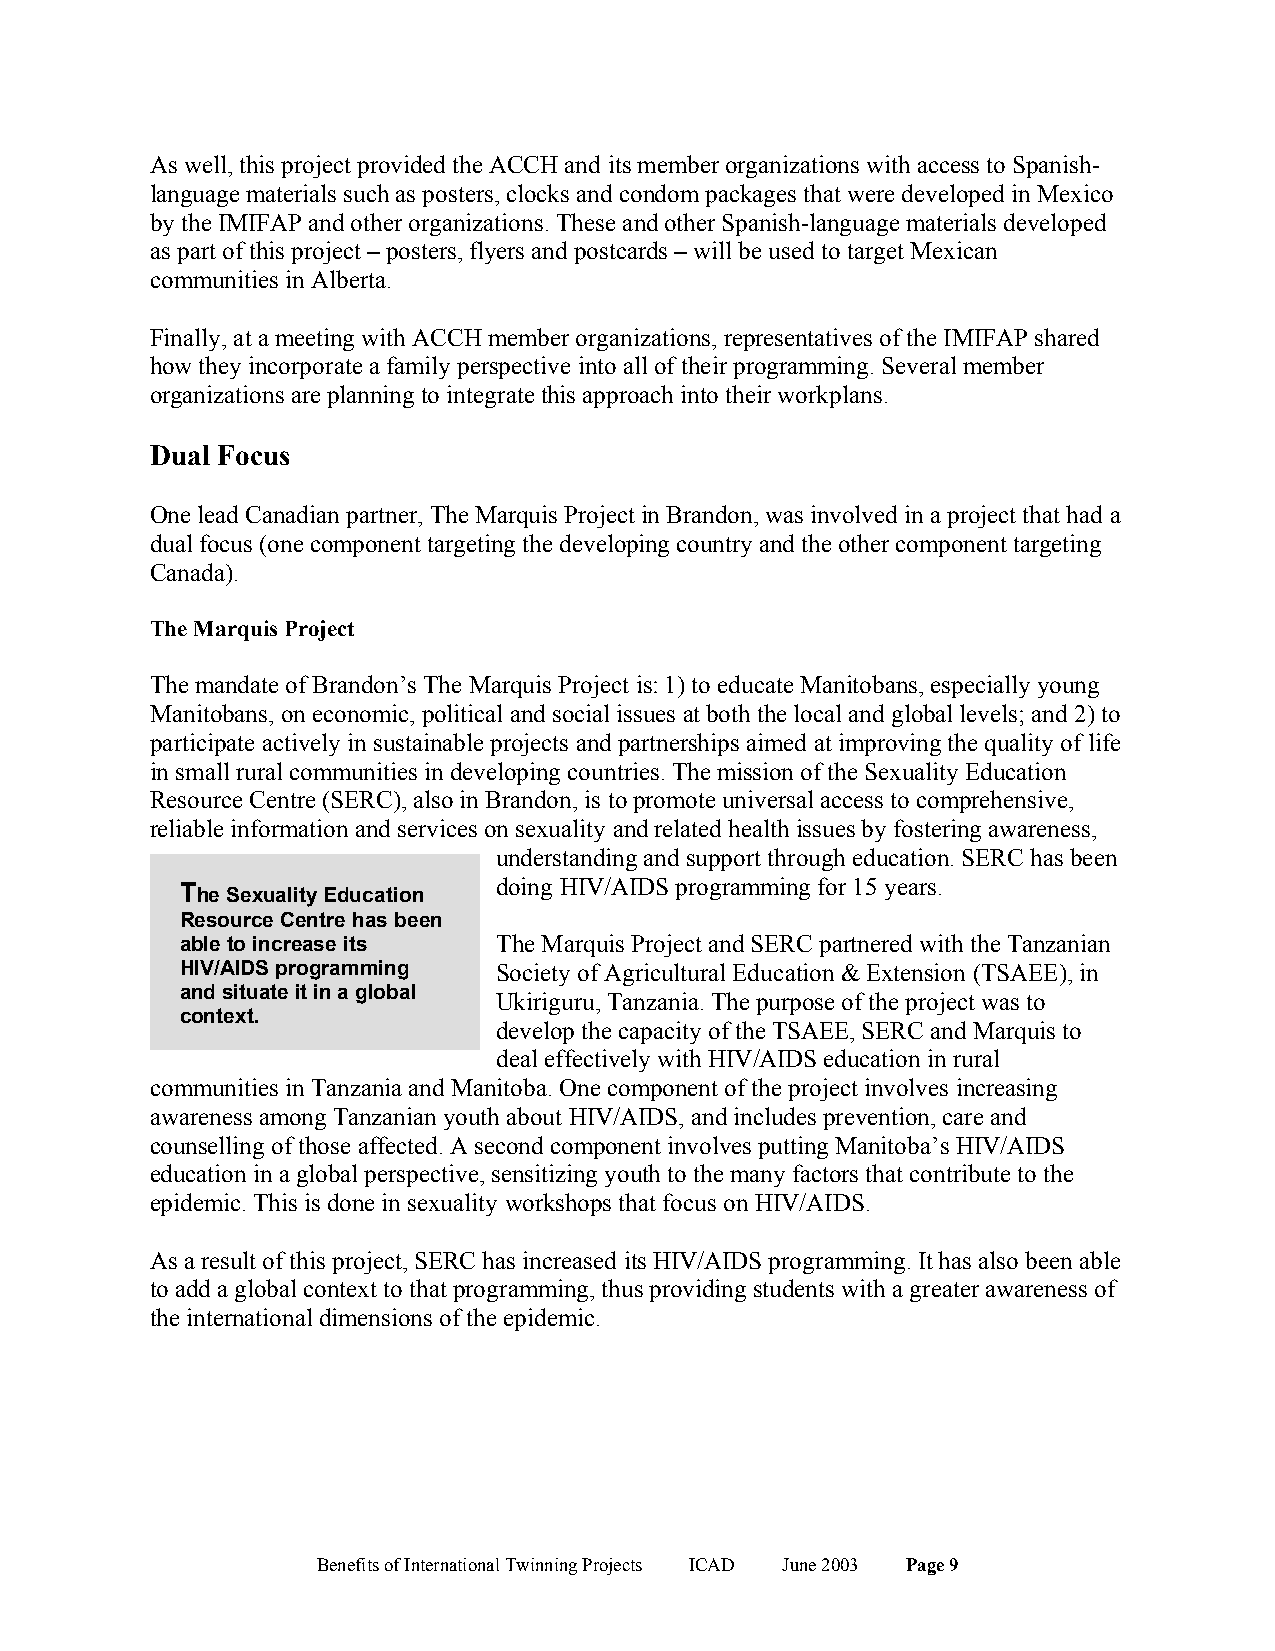
As well, this project provided the ACCH and its member organizations with access to Spanish-
 language materials such as posters, clocks and condom packages that were developed in Mexico
 by the IMIFAP and other organizations. These and other Spanish-language materials developed
 as part of this project – posters, flyers and postcards – will be used to target Mexican
 communities in Alberta.
 Finally, at a meeting with ACCH member organizations, representatives of the IMIFAP shared
 how they incorporate a family perspective into all of their programming. Several member
 organizations are planning to integrate this approach into their workplans.
 Dual Focus
 One lead Canadian partner, The Marquis Project in Brandon, was involved in a project that had a
 dual focus (one component targeting the developing country and the other component targeting
 Canada).
 The Marquis Project
 The mandate of Brandon’s The Marquis Project is: 1) to educate Manitobans, especially young
 Manitobans, on economic, political and social issues at both the local and global levels; and 2) to
 participate actively in sustainable projects and partnerships aimed at improving the quality of life
 in small rural communities in developing countries. The mission of the Sexuality Education
 Resource Centre (SERC), also in Brandon, is to promote universal access to comprehensive,
 reliable information and services on sexuality and related health issues by fostering awareness,
 understanding and support through education. SERC has been
 The Sexuality Education doing HIV/AIDS programming for 15 years.
 Resource Centre has been
 able to increase its The Marquis Project and SERC partnered with the Tanzanian
 HIV/AIDS programming Society of Agricultural Education & Extension (TSAEE), in
 and situate it in a global
 Ukiriguru, Tanzania. The purpose of the project was to
 context.
 develop the capacity of the TSAEE, SERC and Marquis to
 deal effectively with HIV/AIDS education in rural
 communities in Tanzania and Manitoba. One component of the project involves increasing
 awareness among Tanzanian youth about HIV/AIDS, and includes prevention, care and
 counselling of those affected. A second component involves putting Manitoba’s HIV/AIDS
 education in a global perspective, sensitizing youth to the many factors that contribute to the
 epidemic. This is done in sexuality workshops that focus on HIV/AIDS.
 As a result of this project, SERC has increased its HIV/AIDS programming. It has also been able
 to add a global context to that programming, thus providing students with a greater awareness of
 the international dimensions of the epidemic.
 Benefits of International Twinning Projects ICAD June 2003 Page 9